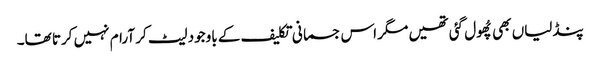
پنڈلیاں بھی پُھول گئی تھیں مگر اس جسمانی تکلیف کے باوجود لیٹ کر آرام نہیں کرتا تھا۔